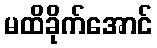
မထိခိုက်အောင်